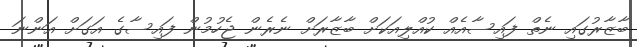
ބާޒާރުގައި ނެތް ފައިސާއެއް ކުއްލިއަކަށް ބާޒާރަށް ނެރެން ޖެހުމުން ފައިސާގެ އަގަށް އަންނަ